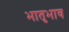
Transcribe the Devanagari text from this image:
भातृभाव